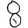
Digit: 8